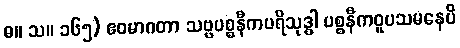
ဓ။ သ။ ၁၆၅) ဧဝမာဂတာ သဗ္ဗပစ္စနီကပရိသုဒ္ဓါ ပစ္စနီကဝူပသမနေပိ